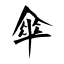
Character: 傘